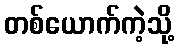
တစ်ယောက်ကဲ့သို့